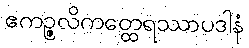
ဧကဉ္ဇလိကတ္ထေရဿာပဒါနံ